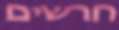
חרשים